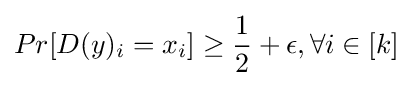
Pr[D(y)_{i}=x_{i}]\geq {\frac {1}{2}}+\epsilon ,\forall i\in [k]